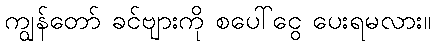
ကျွန်တော် ခင်ဗျားကို စပေါ်ငွေ ပေးရမလား။